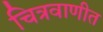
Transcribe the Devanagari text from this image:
चित्रवाणीत